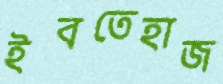
ইবতেহাজ